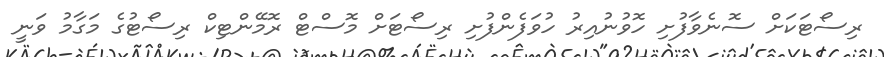
ރިސޯޓަކަށް ސޮނެވާފުށި ހޮވުނުއިރު ހުވަފެންފުށި ރިސޯޓަށް މޮސްޓް ރޮމޭންޓިކް ރިސޯޓުގެ މަގާމު ވަނީ